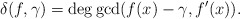
\begin{align*}\delta(f, \gamma)=\deg \gcd (f(x)-\gamma, f'(x)).\end{align*}